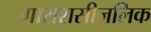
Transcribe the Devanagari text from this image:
गाराशसीज़लिक